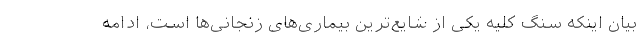
بیان اینکه سنگ کلیه یکی از شایع‌ترین بیماری‌های زنجانی‌ها است، ادامه